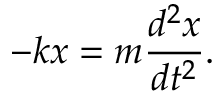
- k x = m { \frac { d ^ { 2 } x } { d t ^ { 2 } } } .